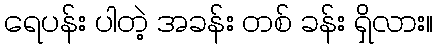
ရေပန်း ပါတဲ့ အခန်း တစ် ခန်း ရှိလား။